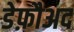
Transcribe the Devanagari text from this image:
डेफ़ौअद